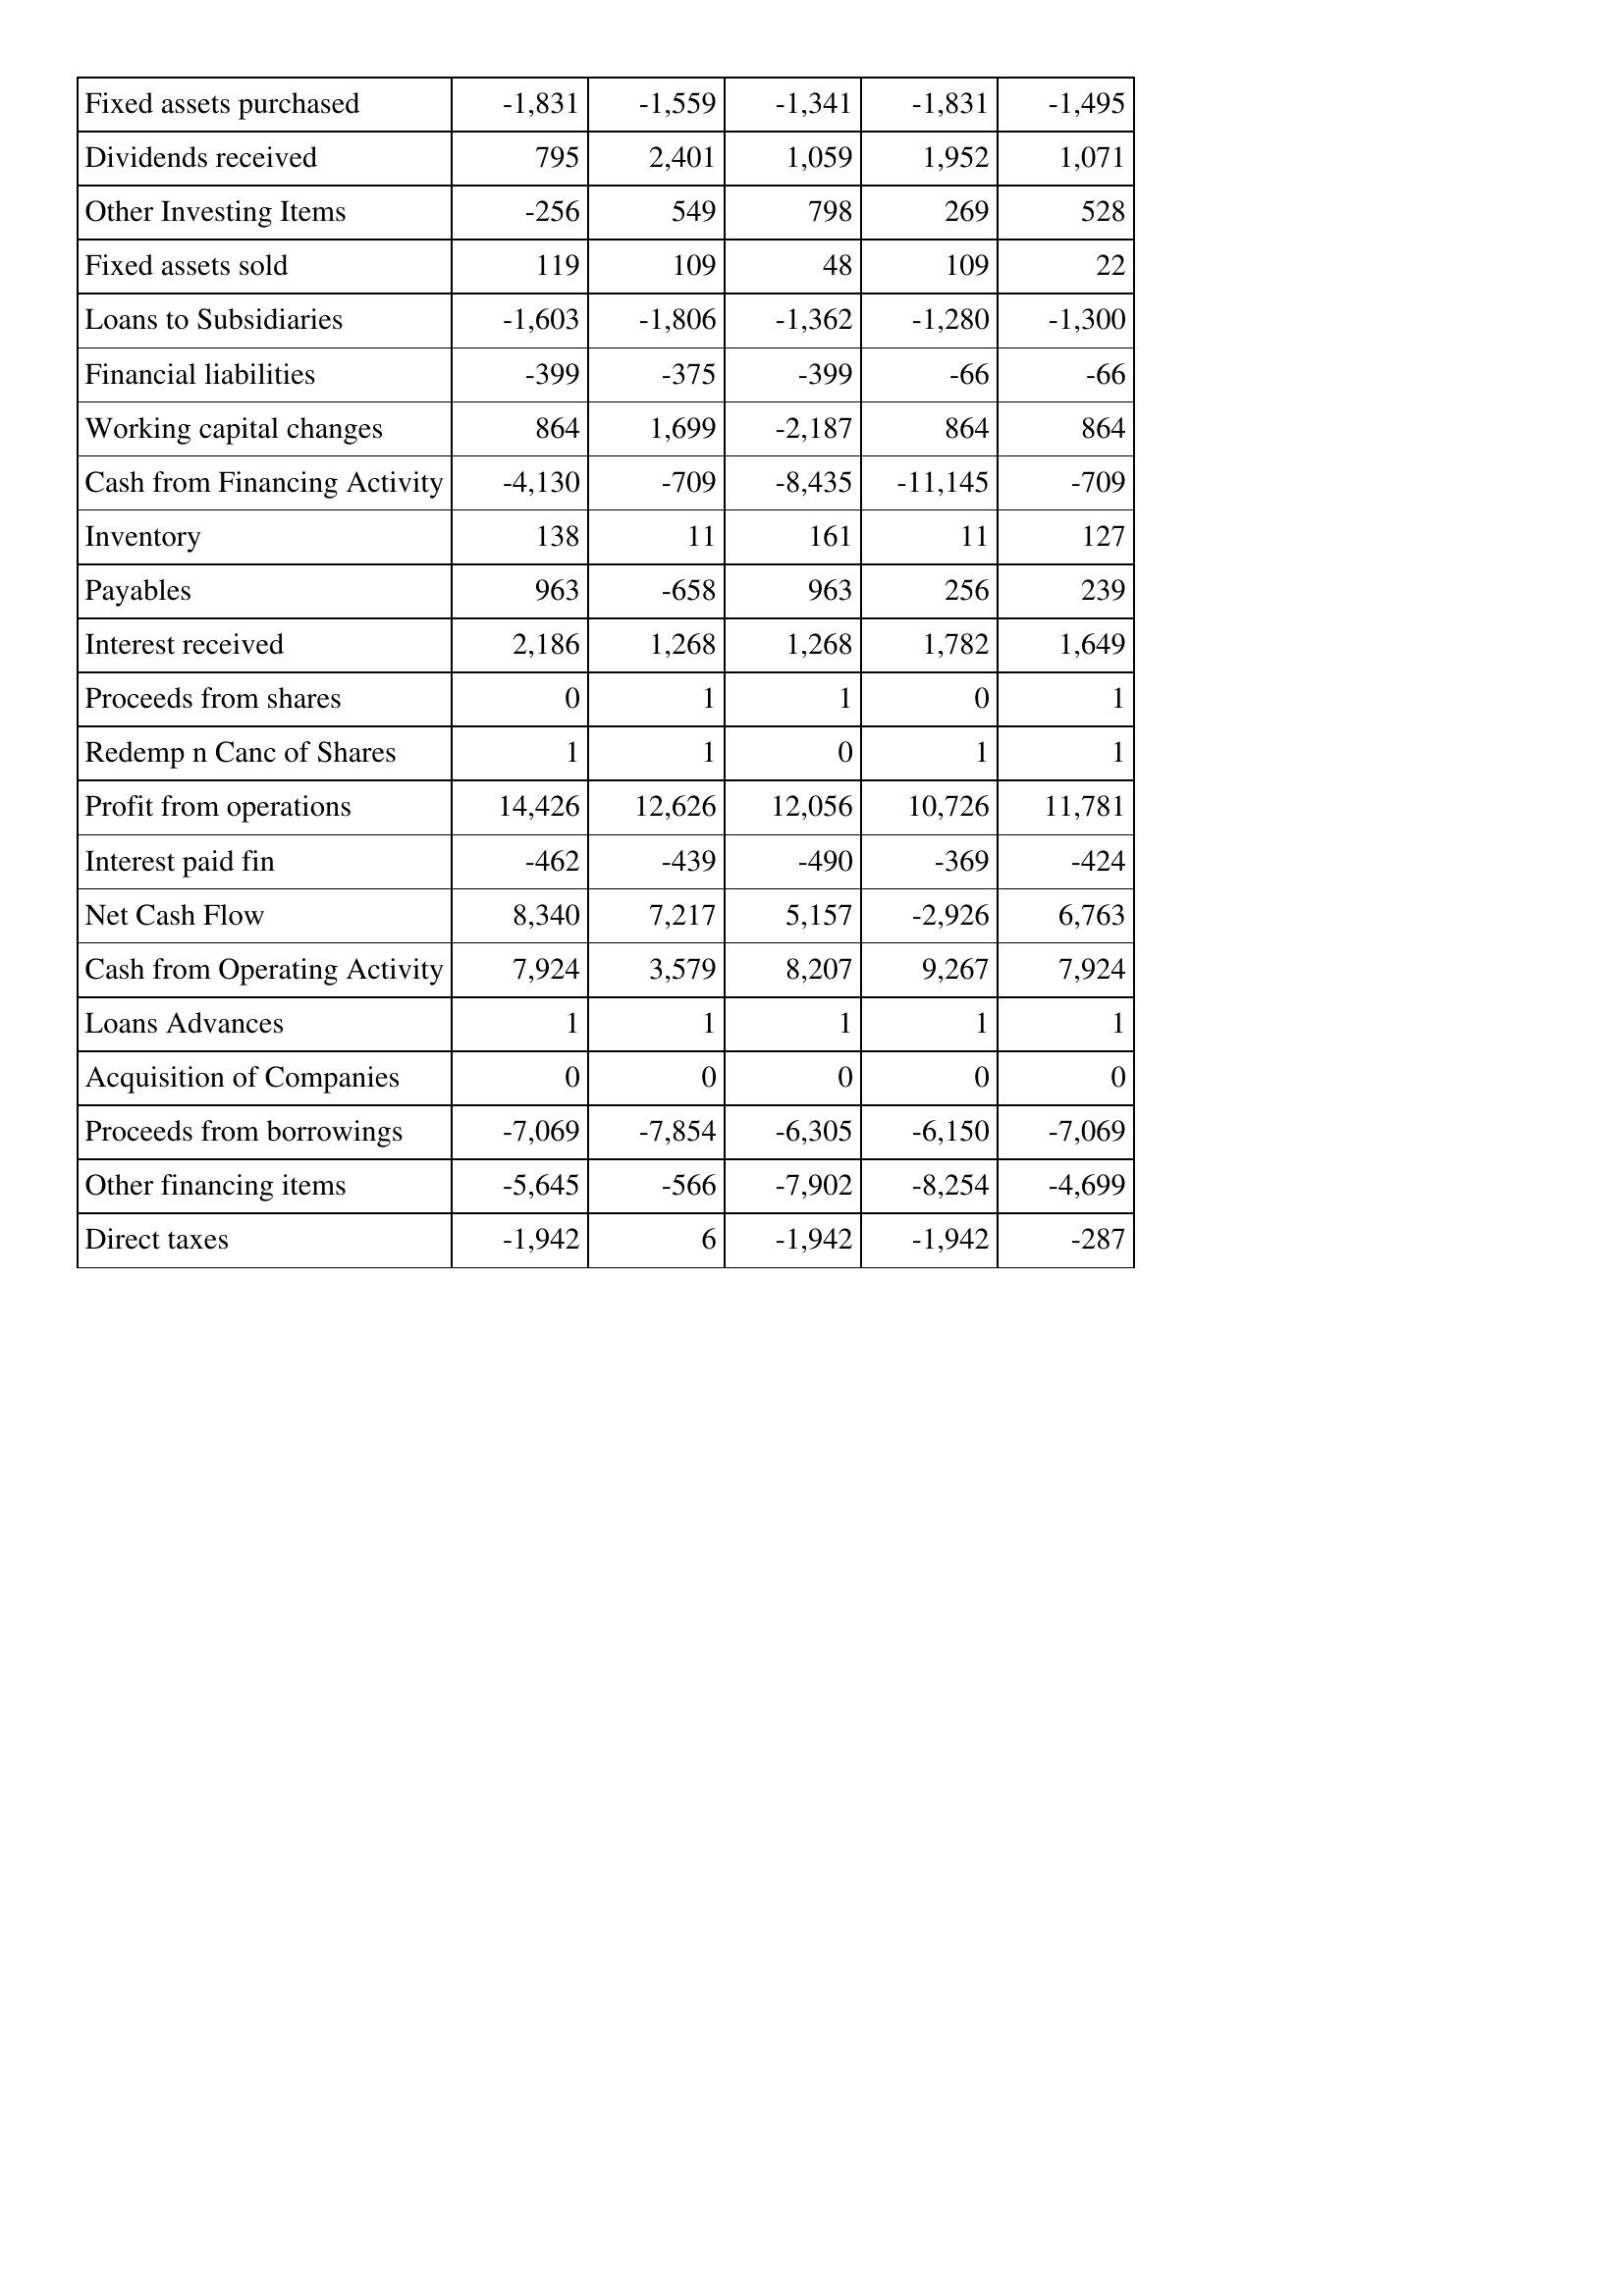
Jun-14: Cash Flows: Fixed assets purchased: -1,831
Dividends received: 795
Other Investing Items: -256
Fixed assets sold: 119
Loans to Subsidiaries: -1,603
Financial liabilities: -399
Working capital changes: 864
Cash from Financing Activity: -4,130
Inventory: 138
Payables: 963
Interest received: 2,186
Proceeds from shares: 0
Redemp n Canc of Shares: 1
Profit from operations: 14,426
Interest paid fin: -462
Net Cash Flow: 8,340
Cash from Operating Activity: 7,924
Loans Advances: 1
Acquisition of Companies: 0
Proceeds from borrowings: -7,069
Other financing items: -5,645
Direct taxes: -1,942
Jun-13: Cash Flows: Fixed assets purchased: -1,559
Dividends received: 2,401
Other Investing Items: 549
Fixed assets sold: 109
Loans to Subsidiaries: -1,806
Financial liabilities: -375
Working capital changes: 1,699
Cash from Financing Activity: -709
Inventory: 11
Payables: -658
Interest received: 1,268
Proceeds from shares: 1
Redemp n Canc of Shares: 1
Profit from operations: 12,626
Interest paid fin: -439
Net Cash Flow: 7,217
Cash from Operating Activity: 3,579
Loans Advances: 1
Acquisition of Companies: 0
Proceeds from borrowings: -7,854
Other financing items: -566
Direct taxes: 6
Jun-12: Cash Flows: Fixed assets purchased: -1,341
Dividends received: 1,059
Other Investing Items: 798
Fixed assets sold: 48
Loans to Subsidiaries: -1,362
Financial liabilities: -399
Working capital changes: -2,187
Cash from Financing Activity: -8,435
Inventory: 161
Payables: 963
Interest received: 1,268
Proceeds from shares: 1
Redemp n Canc of Shares: 0
Profit from operations: 12,056
Interest paid fin: -490
Net Cash Flow: 5,157
Cash from Operating Activity: 8,207
Loans Advances: 1
Acquisition of Companies: 0
Proceeds from borrowings: -6,305
Other financing items: -7,902
Direct taxes: -1,942
Jun-11: Cash Flows: Fixed assets purchased: -1,831
Dividends received: 1,952
Other Investing Items: 269
Fixed assets sold: 109
Loans to Subsidiaries: -1,280
Financial liabilities: -66
Working capital changes: 864
Cash from Financing Activity: -11,145
Inventory: 11
Payables: 256
Interest received: 1,782
Proceeds from shares: 0
Redemp n Canc of Shares: 1
Profit from operations: 10,726
Interest paid fin: -369
Net Cash Flow: -2,926
Cash from Operating Activity: 9,267
Loans Advances: 1
Acquisition of Companies: 0
Proceeds from borrowings: -6,150
Other financing items: -8,254
Direct taxes: -1,942
Jun-10: Cash Flows: Fixed assets purchased: -1,495
Dividends received: 1,071
Other Investing Items: 528
Fixed assets sold: 22
Loans to Subsidiaries: -1,300
Financial liabilities: -66
Working capital changes: 864
Cash from Financing Activity: -709
Inventory: 127
Payables: 239
Interest received: 1,649
Proceeds from shares: 1
Redemp n Canc of Shares: 1
Profit from operations: 11,781
Interest paid fin: -424
Net Cash Flow: 6,763
Cash from Operating Activity: 7,924
Loans Advances: 1
Acquisition of Companies: 0
Proceeds from borrowings: -7,069
Other financing items: -4,699
Direct taxes: -287